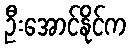
ဦးအောင်နိုင်က